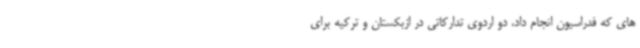
های که فدراسیون انجام داد، دو اردوی تدارکاتی در ازبکستان و ترکیه برای